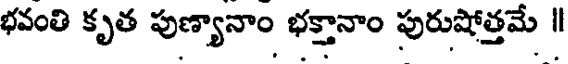
భవంతి కృత పుణ్యానాం భక్తానాం పురుషోత్తమే ॥